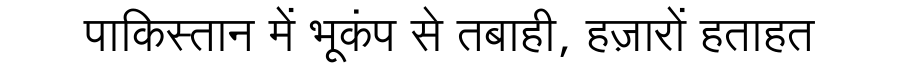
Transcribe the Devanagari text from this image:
पाकिस्तान में भूकंप से तबाही, हज़ारों हताहत